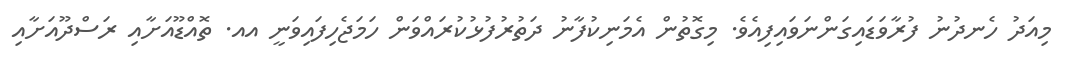
މިއަދު ހެނދުނު ފުރާވަޑައިގަންނަވައިފިއެވެ. މިގޮތުން އެމަނިކުފާނު ދަތުރުފުޅުކުރައްވަން ހަމަޖެހިފައިވަނީ އއ. ތޮއްޑޫއަށާއި ރަސްދޫއަށާއި